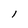
Character: 1